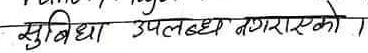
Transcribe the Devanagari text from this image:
सुविधा उपलब्ध नगराएको ।